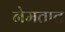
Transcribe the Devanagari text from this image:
नेमतात